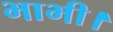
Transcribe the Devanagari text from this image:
भाभी।